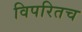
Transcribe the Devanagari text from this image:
विपरितच